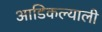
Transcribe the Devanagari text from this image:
आडिकल्याली